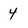
Character: 4